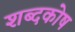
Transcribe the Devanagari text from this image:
शब्‍दकोष